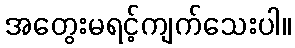
အတွေးမရင့်ကျက်သေးပါ။